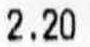
2.20